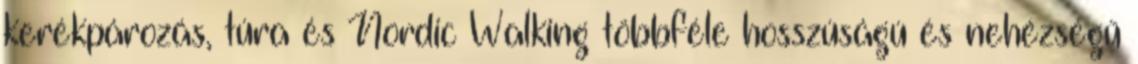
kerékpározás, túra és Nordic Walking többféle hosszúságú és nehézségű